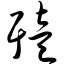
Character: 殪